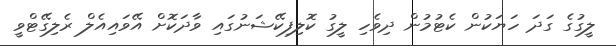
ލީގުގެ ގަދަ ހަޔަކުން ކެޓުމުން ދިވެހި ލީގު ކޮލިފިކޭޝަނުގައި ވާދަކޮށް އޭވައިއެލް ރެލިގޭޓްވީ